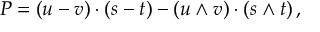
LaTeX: P = ( u - v ) \cdot ( s - t ) - ( u \wedge v ) \cdot ( s \wedge t ) \, ,